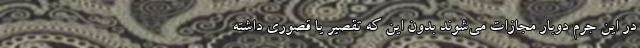
در این جرم دوبار مجازات می‌شوند بدون این که تقصیر یا قصوری داشته